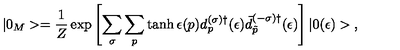
| 0 _ { M } > = \frac { 1 } { Z } \exp \left[ { \sum _ { \sigma } \sum _ { p } \tanh \epsilon ( p ) d _ { p } ^ { ( \sigma ) \dagger } ( \epsilon ) \bar { d } _ { \tilde { p } } ^ { ( - \sigma ) \dagger } } ( \epsilon ) \right] | 0 ( \epsilon ) > { , }